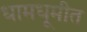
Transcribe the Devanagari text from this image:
धामधूमीत